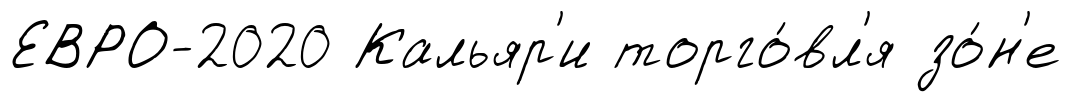
ЕВРО-2020 Кальяр'и торго́вл'я зо́н'е